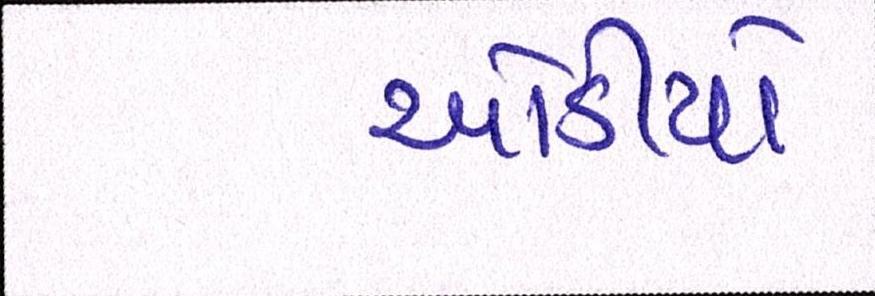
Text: ઓડીયો